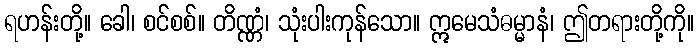
ရဟန်းတို့။ ခေါ၊ စင်စစ်။ တိဏ္ဏံ၊ သုံးပါးကုန်သော။ ဣမေသံဓမ္မာနံ၊ ဤတရားတို့ကို။